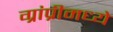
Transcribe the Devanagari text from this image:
ग्रांप्रीमध्ये